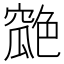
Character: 𦫪